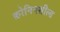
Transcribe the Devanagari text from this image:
क्रोनिनशील्ड